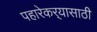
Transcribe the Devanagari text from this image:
पहारेकर्‍यासाठी